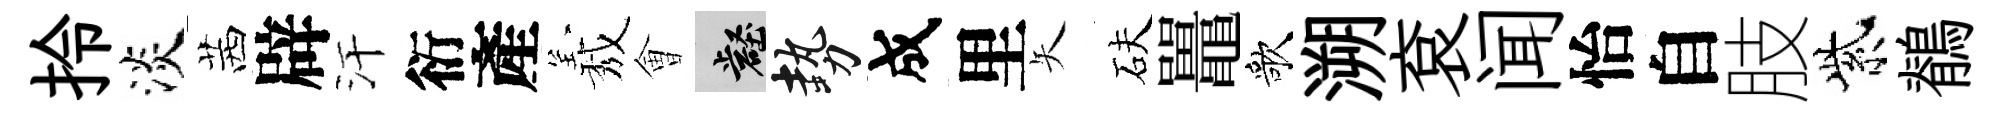
拎淡茜辟汗衍產𦏁㑹壑勢成里矢砆鼉歌溯袞闻怡自肢紫鶺